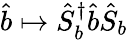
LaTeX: \hat{b}\mapsto\hat{S}_{b}^{\dagger}\hat{b}\hat{S}_{b}